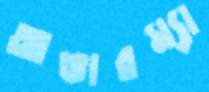
আভারম্যা